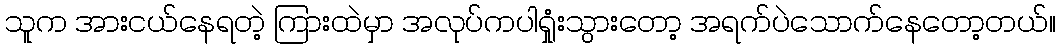
သူက အားငယ်နေရတဲ့ ကြားထဲမှာ အလုပ်ကပါရှုံးသွားတော့ အရက်ပဲသောက်နေတော့တယ်။